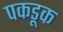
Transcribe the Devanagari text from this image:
पकडूक